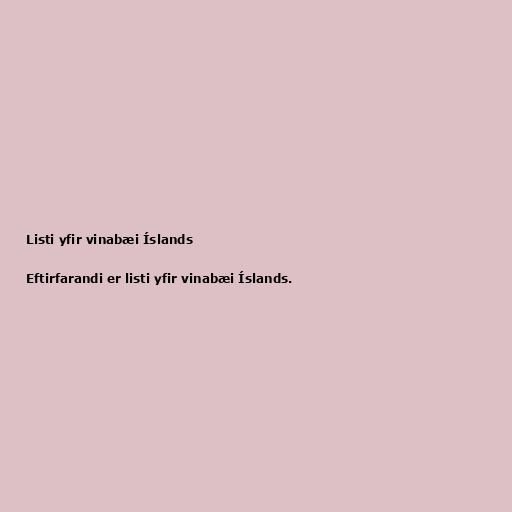
Listi yfir vinabæi Íslands

Eftirfarandi er listi yfir vinabæi Íslands.